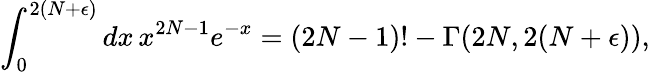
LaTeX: \int_{0}^{2(N+\epsilon)}dx\, x^{2N-1}e^{-x}=(2N-1)!-\Gamma(2N,2(N+\epsilon)),